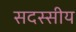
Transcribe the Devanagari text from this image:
सदस्सीय